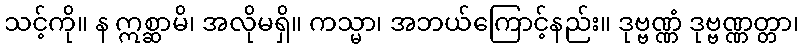
သင့်ကို။ န ဣစ္ဆာမိ၊ အလိုမရှိ။ ကသ္မာ၊ အဘယ်ကြောင့်နည်း။ ဒုဗ္ဗဏ္ဏံ ဒုဗ္ဗဏ္ဏတ္တာ၊